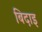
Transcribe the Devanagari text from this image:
बिदाइ